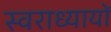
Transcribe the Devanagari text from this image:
स्वराध्यायों